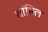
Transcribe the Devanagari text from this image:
शांमिल